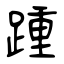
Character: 踵